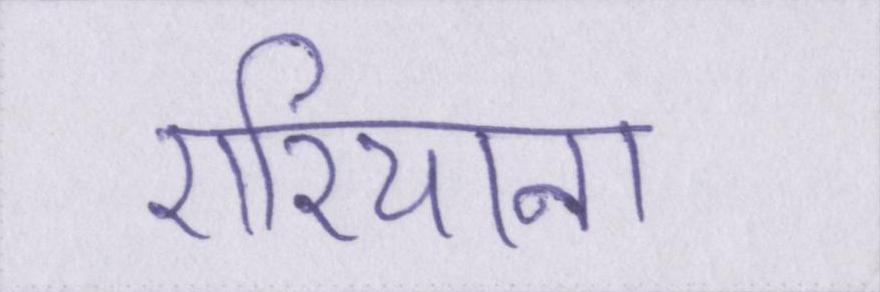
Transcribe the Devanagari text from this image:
एरियाना